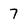
Character: 7